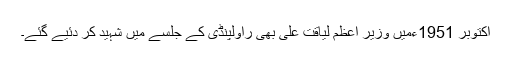
اکتوبر 1951ءمیں وزیر اعظم لیاقت علی بھی راولپنڈی کے جلسے میں شہید کر دئیے گئے۔